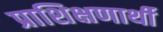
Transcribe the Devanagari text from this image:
प्राशिक्षणार्थी